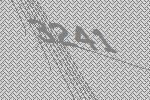
3241